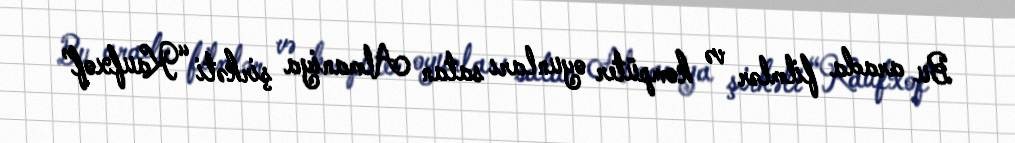
Bu arada filmlər və kompüter oyunları satan Almaniya şirkəti “Kaufxof”